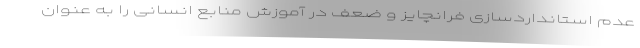
عدم استانداردسازی فرانچایز و ضعف در آموزش منابع انسانی را به عنوان